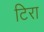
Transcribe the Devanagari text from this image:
टिरा